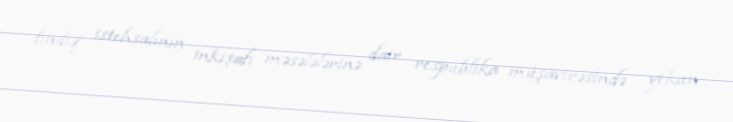
fındıq istehsalının inkişafı məsələlərinə dair respublika müşavirəsində yekun